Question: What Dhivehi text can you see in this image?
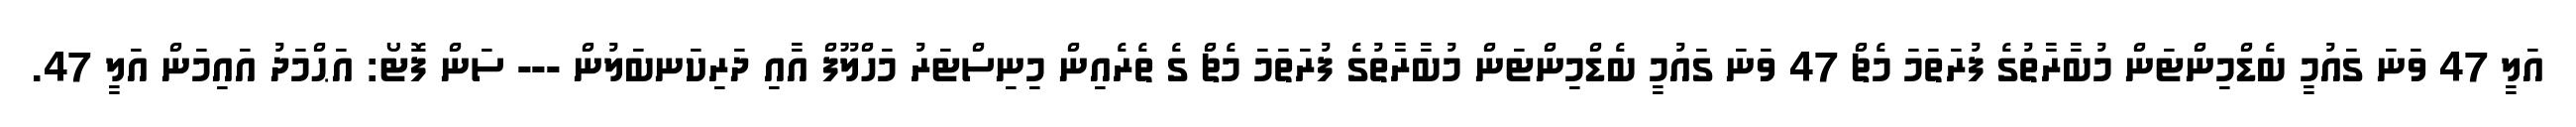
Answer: އަލީ 47 ވަނަ ގައުމީ ބެޑްމިންޓަން މުބާރާތުގެ ފުރަތަމަ މެޗް 47 ވަނަ ގައުމީ ބެޑްމިންޓަން މުބާރާތުގެ ފުރަތަމަ މެޗް ގެ ތެރެއިން މިނިސްޓަރު މަހްލޫފް އާއި ދަރިކަނބަލުން --- ސަން ފޮޓޯ: އަޙްމަދު އައިމަން އަލީ 47.